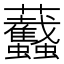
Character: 𧖡